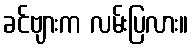
ခင်ဗျားက လမ်းပြလား။